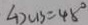
\angle D C B = 4 5 ^ { \circ }